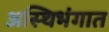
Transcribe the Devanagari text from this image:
अस्थिभंगात